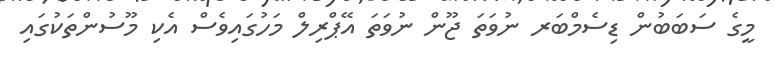
މީގެ ސަބަބުން ޑިސެމްބަރ ނުވަތަ ޖޫން ނުވަތަ އޭޕްރިލް މަހުގައިވެސް އެކި މޫސުންތަކުގައި